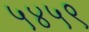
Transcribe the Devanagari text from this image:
५४५९